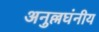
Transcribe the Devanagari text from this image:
अनुल्लघंनीय